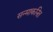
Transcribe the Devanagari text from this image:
सन्माकनित